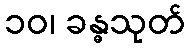
၁၀၊ ခန္ဓသုတ်